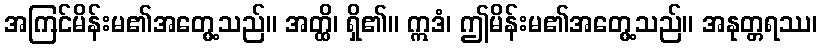
အကြင်မိန်းမ၏အတွေ့သည်။ အတ္ထိ၊ ရှိ၏။ ဣဒံ၊ ဤမိန်းမ၏အတွေ့သည်။ အနုတ္တရဿ၊